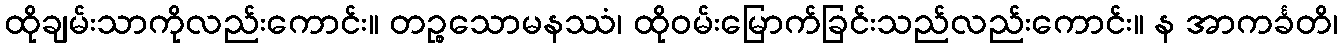
ထိုချမ်းသာကိုလည်းကောင်း။ တဉ္စသောမနဿံ၊ ထိုဝမ်းမြောက်ခြင်းသည်လည်းကောင်း။ န အာကင်္ခတိ၊